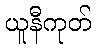
ယူနီကုတ်